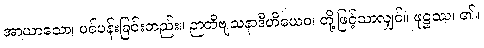
အာယာသော၊ ပင်ပန်းခြင်းတည်း။ ဉာတိဗျသနာဒီဟိယေဝ၊ တို့ဖြင့်သာလျှင်။ ဖုဋ္ဌဿ၊ ၏။